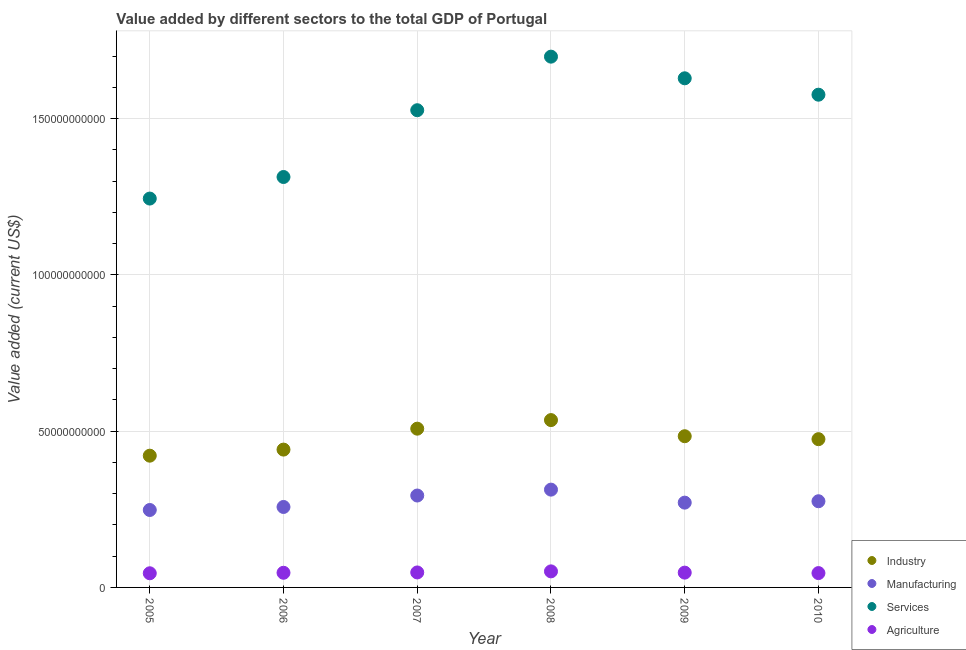
| Year | Industry | Manufacturing | Services | Agriculture |
 | --- | --- | --- | --- | --- |
 | 2005 | 4.22e+10 | 2.48e+10 | 1.24e+11 | 4.53e+09 |
 | 2006 | 4.41e+10 | 2.57e+10 | 1.31e+11 | 4.69e+09 |
 | 2007 | 5.08e+10 | 2.94e+10 | 1.53e+11 | 4.79e+09 |
 | 2008 | 5.35e+10 | 3.13e+10 | 1.7e+11 | 5.14e+09 |
 | 2009 | 4.84e+10 | 2.71e+10 | 1.63e+11 | 4.74e+09 |
 | 2010 | 4.74e+10 | 2.76e+10 | 1.58e+11 | 4.59e+09 |